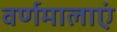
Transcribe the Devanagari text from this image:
वर्णमालाएं